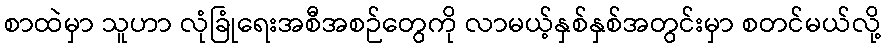
စာထဲမှာ သူဟာ လုံခြုံရေးအစီအစဉ်တွေကို လာမယ့်နှစ်နှစ်အတွင်းမှာ စတင်မယ်လို့